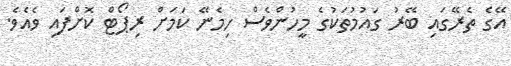
އޭގެ ތެރޭގައި ބޭރު ގައުމުތަކުގެ މީހުންވެސް ހިމެނޭ ކަމަށް ރިޕޯޓް ކޮށްފައި ވެއެވެ.